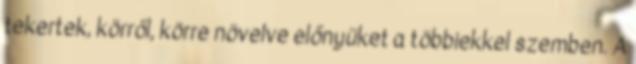
tekertek, körről, körre növelve előnyüket a többiekkel szemben. A